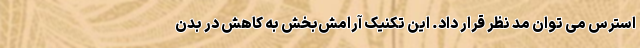
استرس می توان مد نظر قرار داد. این تکنیک آرامش‌بخش به کاهش در بدن